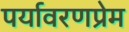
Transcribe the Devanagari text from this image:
पर्यावरणप्रेम